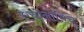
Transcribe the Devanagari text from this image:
एचोनोमिच्